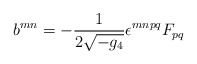
\begin{align*}b^{mn} = -\frac{1}{2\sqrt{-g_{4}}}\epsilon^{mnpq}F_{pq}\end{align*}